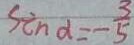
\sin \alpha = - \frac { 3 } { 5 }